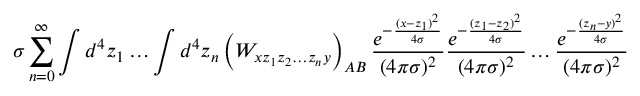
\sigma \sum _ { n = 0 } ^ { \infty } \int d ^ { 4 } z _ { 1 } \dots \int d ^ { 4 } z _ { n } \left( W _ { x z _ { 1 } z _ { 2 } \dots z _ { n } y } \right) _ { A B } \frac { e ^ { - \frac { ( x - z _ { 1 } ) ^ { 2 } } { 4 \sigma } } } { ( 4 \pi \sigma ) ^ { 2 } } \frac { e ^ { - \frac { ( z _ { 1 } - z _ { 2 } ) ^ { 2 } } { 4 \sigma } } } { ( 4 \pi \sigma ) ^ { 2 } } \dots \frac { e ^ { - \frac { ( z _ { n } - y ) ^ { 2 } } { 4 \sigma } } } { ( 4 \pi \sigma ) ^ { 2 } }